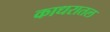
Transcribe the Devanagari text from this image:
काधरातल